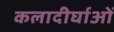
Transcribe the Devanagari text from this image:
कलादीर्घाओं